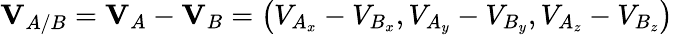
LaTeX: \mathbf{V}_{A/B}=\mathbf{V}_{A}-\mathbf{V}_{B}=\left(V_{A_{x}}-V_{B_{x}},V_{A_{y}}-V_{B_{y}},V_{A_{z}}-V_{B_{z}}\right)